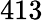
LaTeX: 413